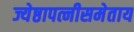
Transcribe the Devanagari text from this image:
ज्येष्ठापत्नीसमेताय